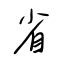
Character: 省